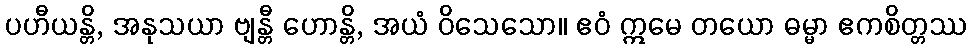
ပဟီယန္တိ, အနုသယာ ဗျန္တီ ဟောန္တိ, အယံ ဝိသေသော။ ဧဝံ ဣမေ တယော ဓမ္မာ ဧကစိတ္တဿ